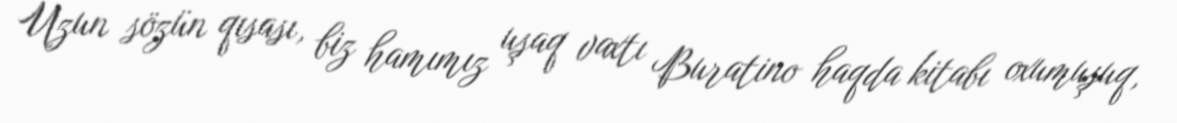
Uzun sözün qısası, biz hamımız uşaq vaxtı Buratino haqda kitabı oxumuşuq,